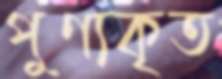
পুণ্যকৃত